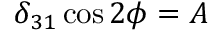
\delta _ { 3 1 } \cos 2 \phi = A